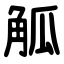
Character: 觚